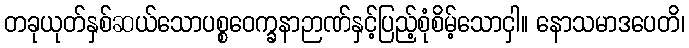
တခုယုတ်နှစ်ဆယ်သောပစ္စဝေက္ခနာဉာဏ်နှင့်ပြည့်စုံစိမ့်သောငှါ။ နောသမာဒပေတိ၊